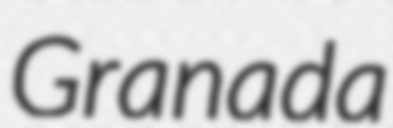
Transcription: Granada